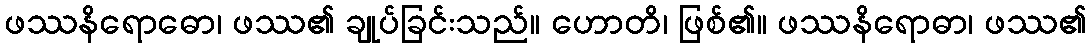
ဖဿနိရောဓော၊ ဖဿ၏ ချုပ်ခြင်းသည်။ ဟောတိ၊ ဖြစ်၏။ ဖဿနိရောဓာ၊ ဖဿ၏